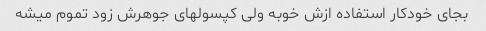
بجای خودکار استفاده ازش خوبه ولی کپسولهای جوهرش زود تموم میشه